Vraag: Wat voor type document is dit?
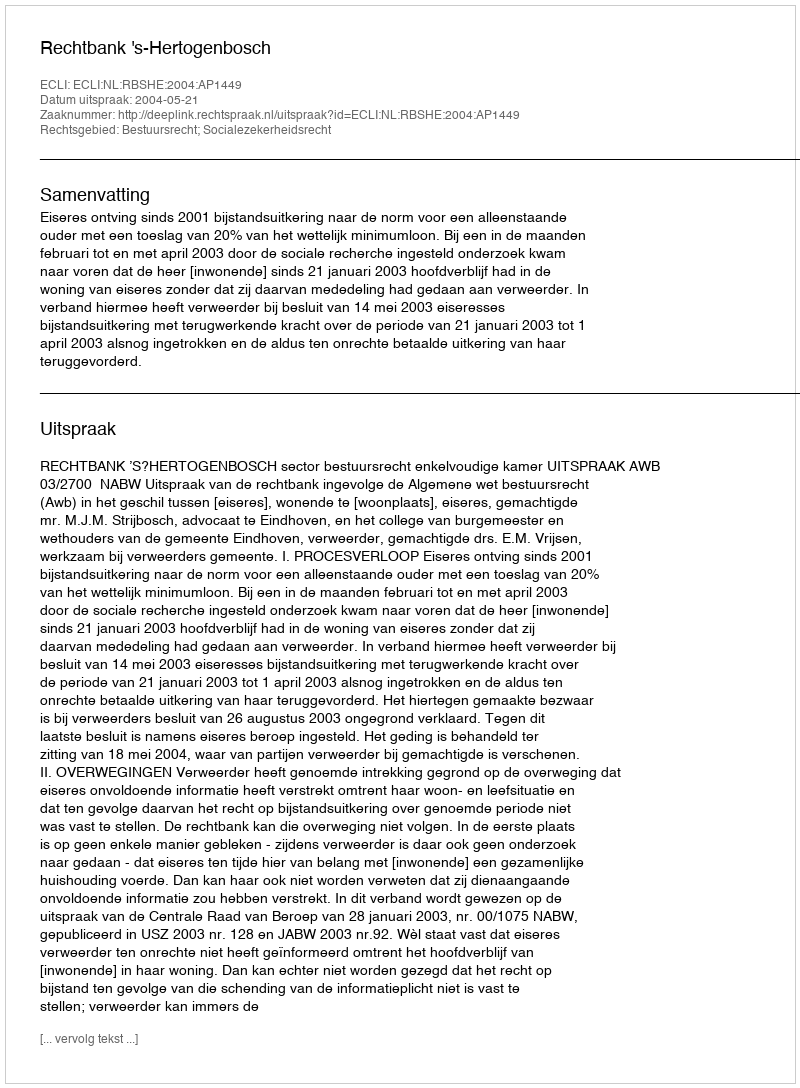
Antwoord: Uitspraak